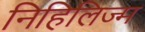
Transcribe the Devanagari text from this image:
निहिलिज्म